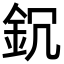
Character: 䤟